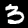
Label: 3